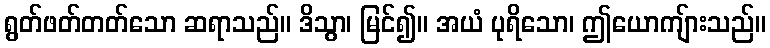
ရွတ်ဖတ်တတ်သော ဆရာသည်။ ဒိသွာ၊ မြင်၍။ အယံ ပုရိသော၊ ဤယောကျ်ားသည်။